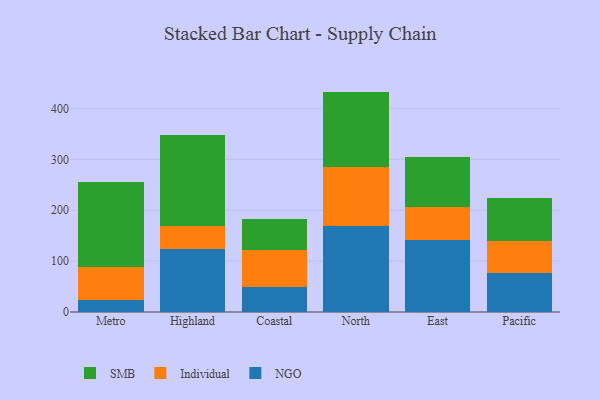
{"axis": {"x": "Region", "y": "Gross Profit (USD K)"}, "legend": ["Individual", "NGO", "SMB"], "data": [{"x": "Metro", "y": 22.8, "type": "NGO"}, {"x": "Metro", "y": 65.7, "type": "Individual"}, {"x": "Metro", "y": 167.5, "type": "SMB"}, {"x": "Highland", "y": 123.7, "type": "NGO"}, {"x": "Highland", "y": 46.2, "type": "Individual"}, {"x": "Highland", "y": 177.1, "type": "SMB"}, {"x": "Coastal", "y": 48.3, "type": "NGO"}, {"x": "Coastal", "y": 73.3, "type": "Individual"}, {"x": "Coastal", "y": 62.0, "type": "SMB"}, {"x": "North", "y": 168.1, "type": "NGO"}, {"x": "North", "y": 117.4, "type": "Individual"}, {"x": "North", "y": 147.6, "type": "SMB"}, {"x": "East", "y": 141.9, "type": "NGO"}, {"x": "East", "y": 63.5, "type": "Individual"}, {"x": "East", "y": 99.4, "type": "SMB"}, {"x": "Pacific", "y": 76.3, "type": "NGO"}, {"x": "Pacific", "y": 62.7, "type": "Individual"}, {"x": "Pacific", "y": 85.1, "type": "SMB"}]}